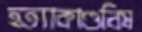
হত্যাকাণ্ডবিষ